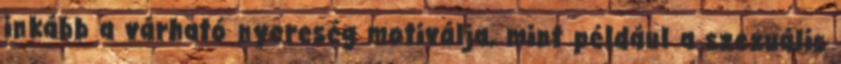
inkább a várható nyereség motiválja, mint például a szexuális